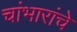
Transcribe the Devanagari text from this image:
चांभारांचे